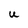
Character: U